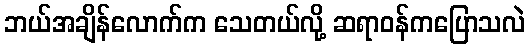
ဘယ်အချိန်လောက်က သေတယ်လို့ ဆရာဝန်ကပြောသလဲ